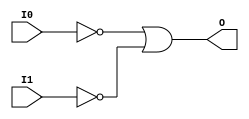
// $Header: /devl/xcs/repo/env/Databases/CAEInterfaces/verunilibs/data/unisims/OR2B2.v,v 1.6 2007/05/23 21:43:44 patrickp Exp $
///////////////////////////////////////////////////////////////////////////////
// Copyright (c) 1995/2004 Xilinx, Inc.
// All Right Reserved.
///////////////////////////////////////////////////////////////////////////////
//   ____  ____
//  /   /\/   /
// /___/  \  /    Vendor : Xilinx
// \   \   \/     Version : 10.1
//  \   \         Description : Xilinx Functional Simulation Library Component
//  /   /                  2-input OR Gate
// /___/   /\     Filename : OR2B2.v
// \   \  /  \    Timestamp : Thu Mar 25 16:43:30 PST 2004
//  \___\/\___\
//
// Revision:
//    03/23/04 - Initial version.
//    05/23/07 - Changed timescale to 1 ps / 1 ps.
//    05/23/07 - Added wire declaration for internal signals.

`timescale  1 ps / 1 ps


module OR2B2 (O, I0, I1);

    output O;

    input  I0, I1;

    wire i0_inv;
    wire i1_inv;

    not N1 (i1_inv, I1);
    not N0 (i0_inv, I0);
    or O1 (O, i0_inv, i1_inv);


endmodule